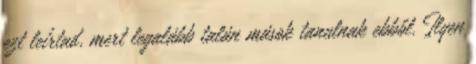
ezt leírtad, mert legalább talán mások tanulnak ebből. Ilyen